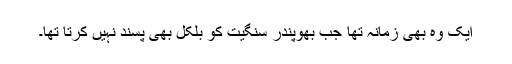
ایک وہ بھی زمانہ تھا جب بھُوپِنْدر سنگِیت کو بِلْکُل بھی پسنْد نہِیں کرتا تھا۔